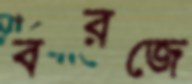
বরজে